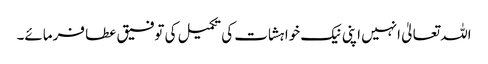
اللہ تعالیٰ انہیں اپنی نیک خواہشات کی تکمیل کی توفیق عطا فرمائے۔